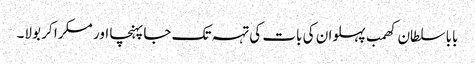
بابا سلطان کھمب پہلوان کی بات کی تہہ تک جا پہنچا اور مسکرا کر بولا۔